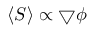
\langle \boldsymbol { S } \rangle \propto \bigtriangledown \phi